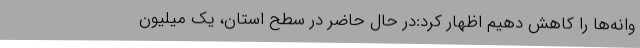
وانه‌ها را کاهش دهیم اظهار کرد:در حال حاضر در سطح استان، یک میلیون